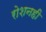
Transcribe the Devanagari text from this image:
रोशनही